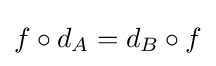
f\circ d_{A}=d_{B}\circ f